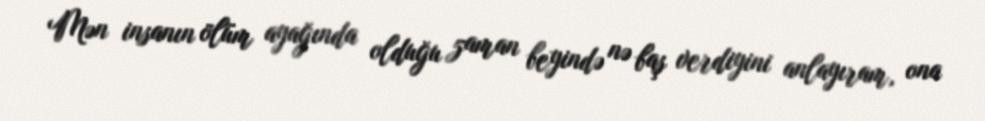
Mən insanın ölüm ayağında olduğu zaman beyində nə baş verdiyini anlayıram, ona